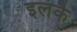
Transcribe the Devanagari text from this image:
इलंकै